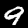
Label: 9